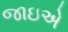
જાઇએ